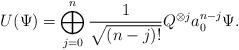
LaTeX: \begin{align*}U (\Psi) = \bigoplus_{j=0}^n \frac{1}{\sqrt{(n-j)!}} Q^{\otimes j} a_0^{n-j} \Psi.\end{align*}